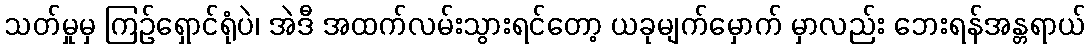
သတ်မှုမှ ကြဉ်ရှောင်ရုံပဲ၊ အဲဒီ အထက်လမ်းသွားရင်တော့ ယခုမျက်မှောက် မှာလည်း ဘေးရန်အန္တရာယ်